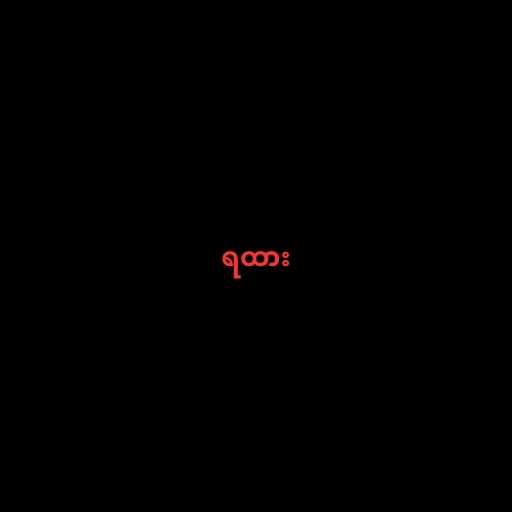
ရထား